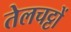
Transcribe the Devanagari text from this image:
तेलचट्टों